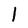
Character: 1